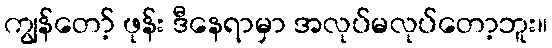
ကျွန်တော့် ဖုန်း ဒီနေရာမှာ အလုပ်မလုပ်တော့ဘူး။